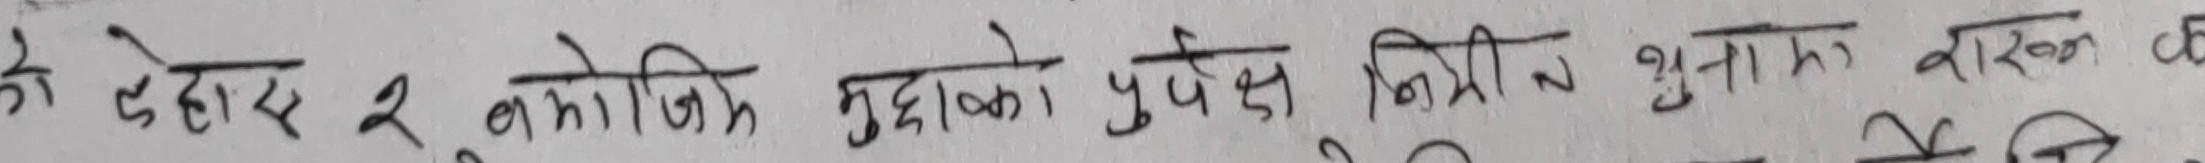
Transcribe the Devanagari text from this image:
के देहाय २ बमोजिम मुद्दाको प्रवेश मिति व सुना व कारण के